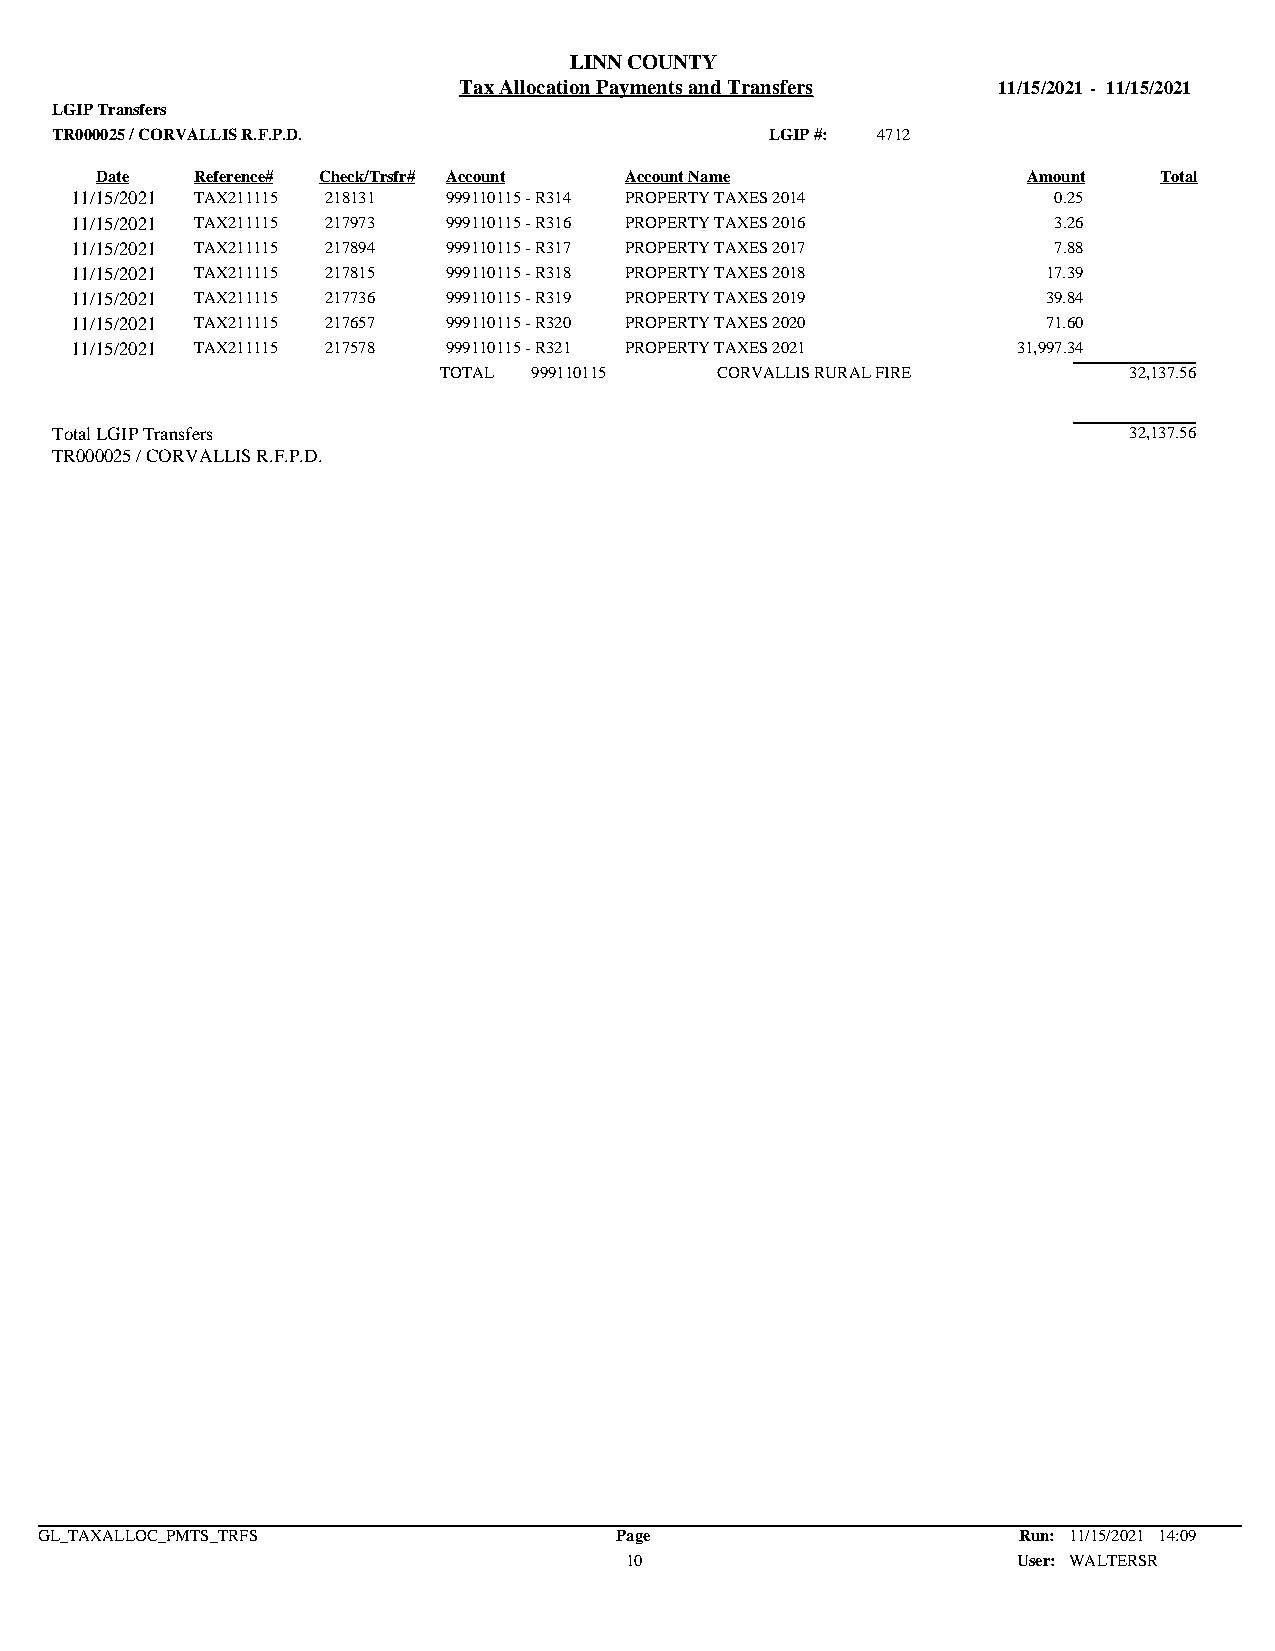
LINN COUNTY
 Tax Allocation Payments and Transfers 11/15/2021 - 11/15/2021
 LGIP Transfers
 TR000025 / CORVALLIS R.F.P.D.                   LGIP #: 4712
 Date   Reference# Check/Trsfr# Account Account Name           Amount   Total
 11/15/2021 TAX211115 218131 999110115 - R314 PROPERTY TAXES 2014 0.25
 11/15/2021 TAX211115 217973 999110115 - R316 PROPERTY TAXES 2016 3.26
 11/15/2021 TAX211115 217894 999110115 - R317 PROPERTY TAXES 2017 7.88
 11/15/2021 TAX211115 217815 999110115 - R318 PROPERTY TAXES 2018 17.39
 11/15/2021 TAX211115 217736 999110115 - R319 PROPERTY TAXES 2019 39.84
 11/15/2021 TAX211115 217657 999110115 - R320 PROPERTY TAXES 2020 71.60
 11/15/2021 TAX211115 217578 999110115 - R321 PROPERTY TAXES 2021 31,997.34
 TOTAL 999110115   CORVALLIS RURAL FIRE        32,137.56
 Total LGIP Transfers                                                    32,137.56
 TR000025 / CORVALLIS R.F.P.D.
 GL_TAXALLOC_PMTS_TRFS                  Page                      Run: 11/15/2021 14:09
 10                        User: WALTERSR